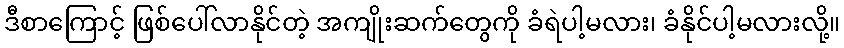
ဒီစာကြောင့် ဖြစ်ပေါ်လာနိုင်တဲ့ အကျိုးဆက်တွေကို ခံရဲပါ့မလား၊ ခံနိုင်ပါ့မလားလို့။